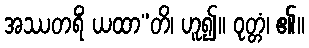
အဿတရိံ ယထာ”တိ၊ ဟူ၍။ ဝုတ္တံ၊ ၏။